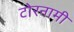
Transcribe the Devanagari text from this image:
टोरनामी